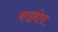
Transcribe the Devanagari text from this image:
फाइब्रोमा